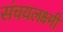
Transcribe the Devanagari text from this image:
संचयलक्ष्मी